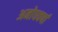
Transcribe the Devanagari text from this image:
अमोघवर्षा